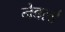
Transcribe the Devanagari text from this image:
नेवर्ल्ड